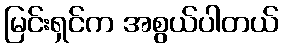
မြင်းရှင်က အစွယ်ပါတယ်